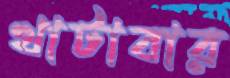
খাটাবার